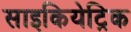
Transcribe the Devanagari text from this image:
साइकियेट्रिक